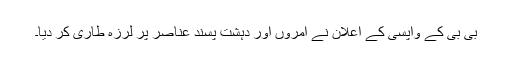
بی بی کے واپسی کے اعلان نے آمروں اور دہشت پسند عناصر پر لرزہ طاری کر دیا۔